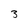
Character: 3